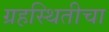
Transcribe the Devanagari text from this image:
ग्रहस्थितीचा